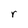
Character: r